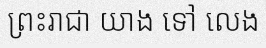
ព្រះរាជា យាង ទៅ លេង